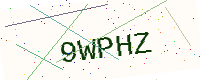
Text: 9WPHZ